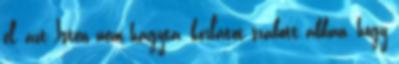
el, azt Isten nem hagyta, korlátot szabott abban, hogy